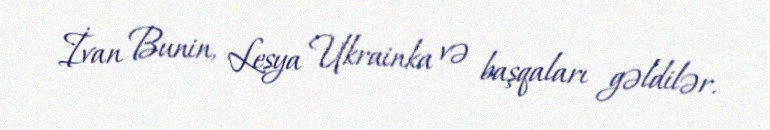
İvan Bunin, Lesya Ukrainka və başqaları gəldilər.